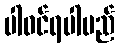
ပါဝင်ရပါမည်